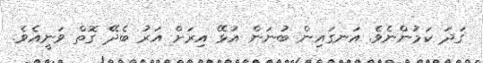
ގަދަ ކަމުންނެވެ. އަނގައިން ބުނަން އުޅޭ އިރަށް އަރު ބެދޭ ގޮތް ވަނީއެވެ.